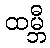
ထမ္ဘီ